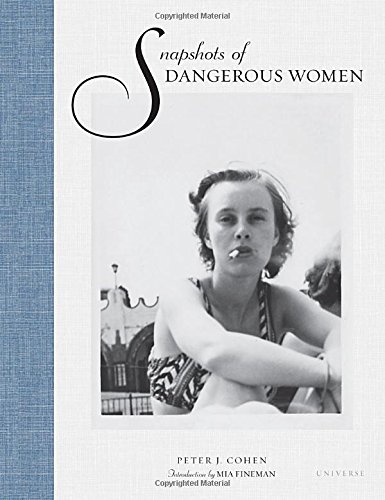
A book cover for Snapshots of Dangerous Women; Peter J. Cohen; Arts & Photography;